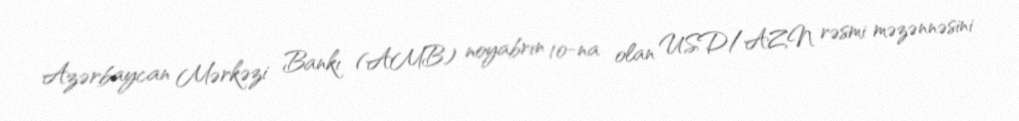
Azərbaycan Mərkəzi Bankı (AMB) noyabrın 10-na olan USD/AZN rəsmi məzənnəsini